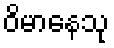
ဝိမာနေသု